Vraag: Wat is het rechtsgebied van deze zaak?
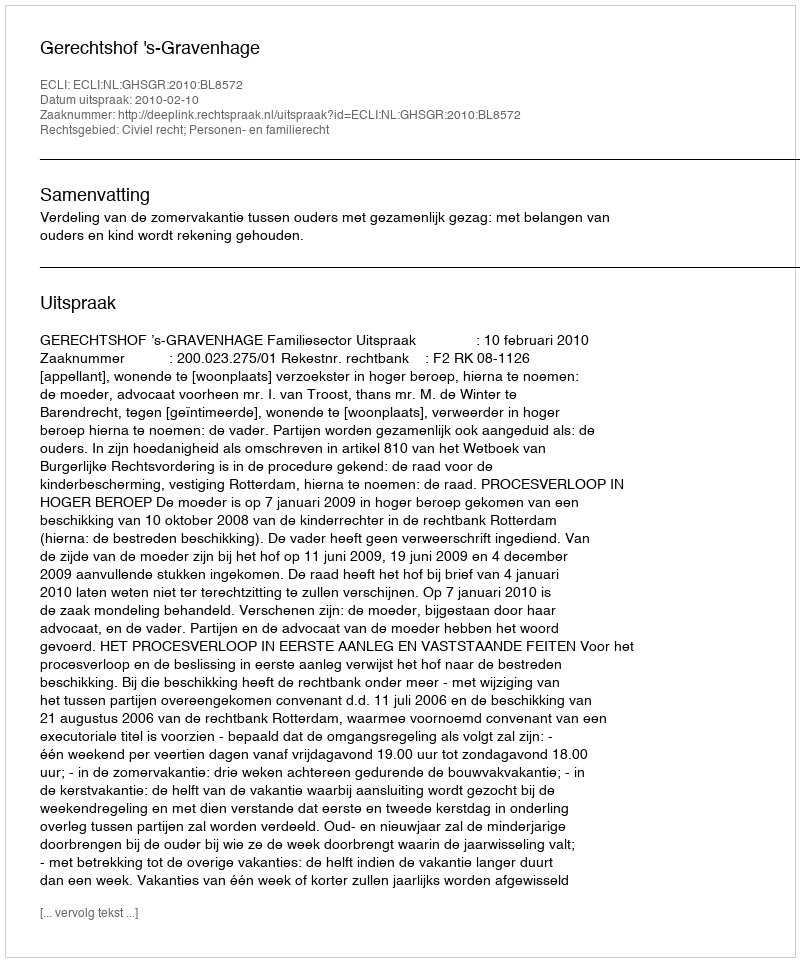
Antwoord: Civiel recht; Personen- en familierecht